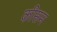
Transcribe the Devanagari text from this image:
कीसम